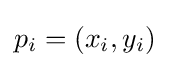
p_{i}=(x_{i},y_{i})